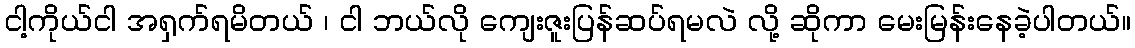
ငါ့ကိုယ်ငါ အရှက်ရမိတယ် ၊ ငါ ဘယ်လို ကျေးဇူးပြန်ဆပ်ရမလဲ လို့ ဆိုကာ မေးမြန်းနေခဲ့ပါတယ်။